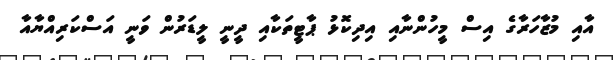
އާއި މުޒާހަރާގެ އިސް މީހުންނާއި އިދިކޮޅު ޕާޓީތަކާއި ދީނީ ލީޑަރުން ވަނީ އަސްކަރިއްޔާއާ